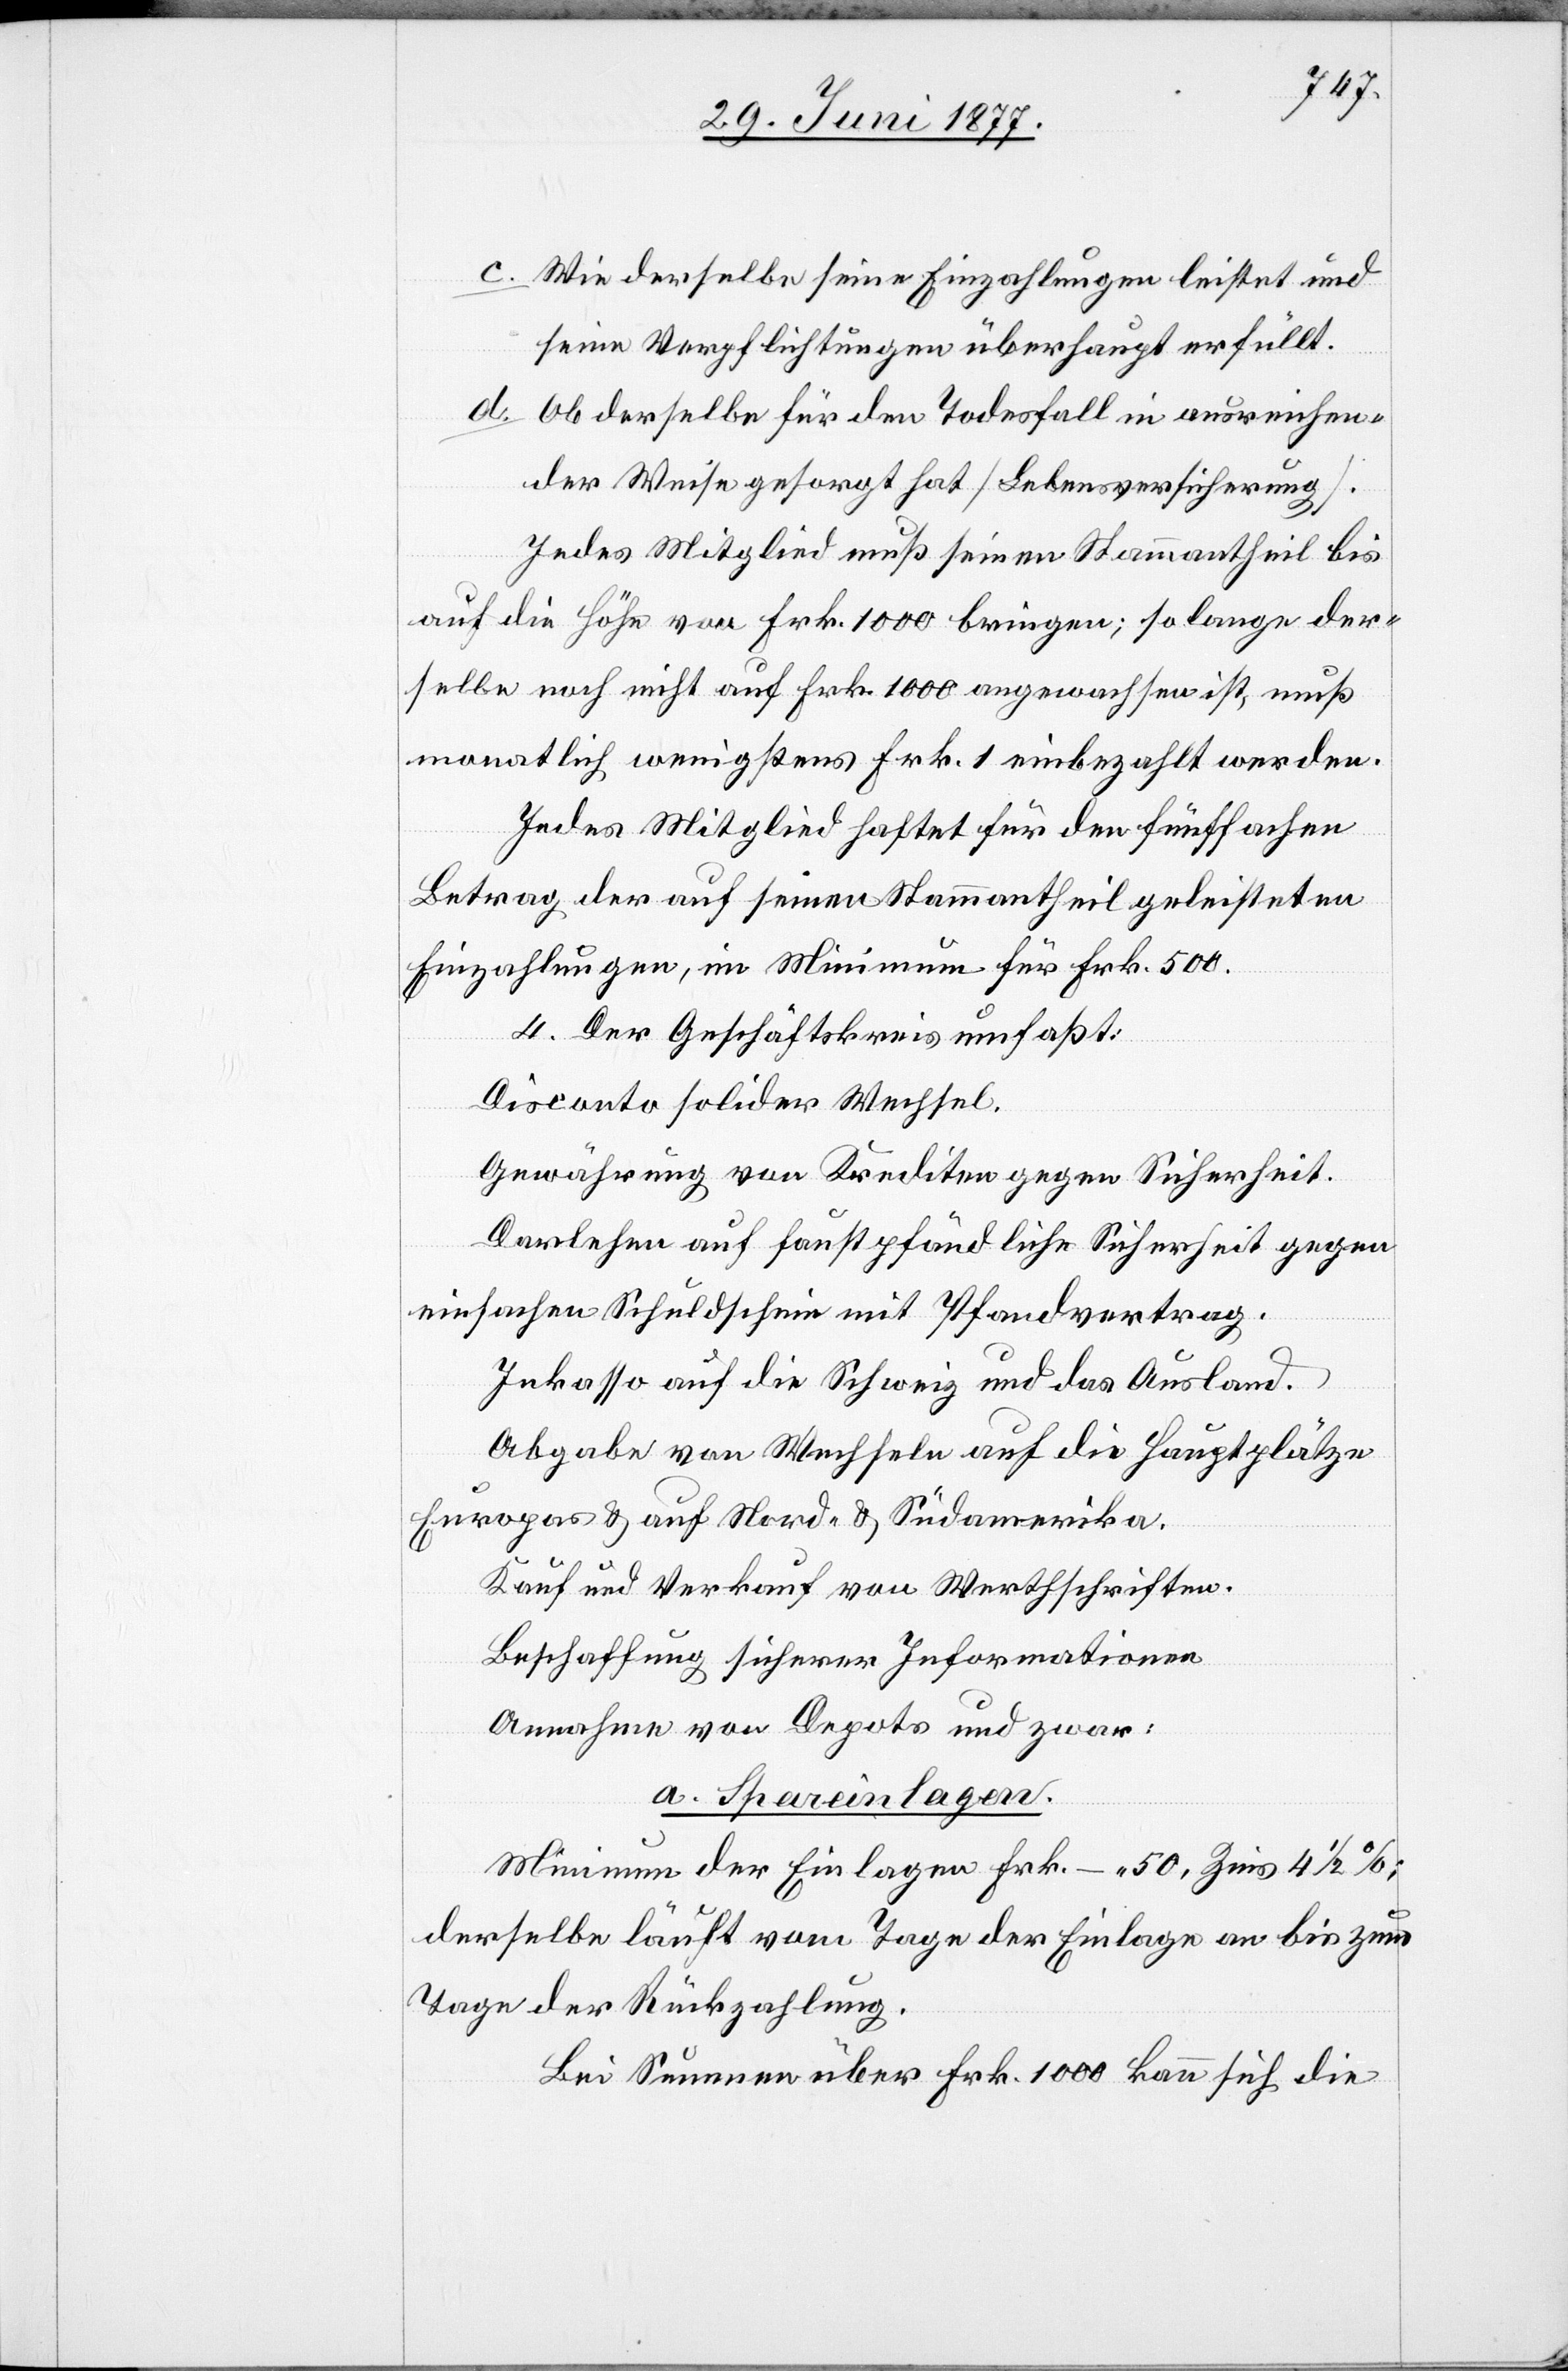
c. Wie derselbe seine Einzahlungen leistet und
seine Verpflichtungen überhaupt erfüllt.
d. Ob derselbe für den Todesfall in ausreichen¬
der Weise gesorgt hat [Lebensversicherung].
Jedes Mitglied muß seinen Stammantheil bis
auf die Höhe von Frk. 1000 bringen; so lange der¬
selbe noch nicht auf Frk. 1000 angewachsen ist, muß
monatlich wenigsten Frk. 1 einbezahlt werden.
Jedes Mitglied haftet für den fünffachen
Betrag der auf seinen Stammantheil geleisteten
Einzahlungen, im Minimum für Frk. 500.
4. Der Geschäftskreis umfasst:
Disconto solider Wechsel.
Gewährung von Krediten gegen Sicherheit.
Darlehen auf faustpfändlicher Sicherheit gegen
einfachen Schuldschein mit Pfandvertrag.
Inkasso auf die Schweiz und das Ausland.
Abgabe von Wechseln auf die Hauptplätze
Europas & auf Nord- & Südamerika.
Kauf und Verkauf von Werthschriften.
Beschaffung sicherer Informationen.
Annahme von Depots und zwar:
a. Spareinlagen.
Minimum der Einlagen Fr. – 50, Zins 4 1/2%;
derselbe läuft vom Tage der Einlage an bis zum
Tage der Rückzahlung.
Bei Summen über Frk. 1000 kann sich die